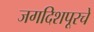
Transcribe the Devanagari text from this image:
जगदिशपूरचे